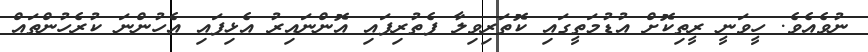
ނުވެއެވެ. ހީވަނީ ރީތިކޮށް އުޑުމަތީގައި ކޮތަރިވިލާ ފެތުރިފައި އޮންނައިރު އެޅިފައި އެހުންނަ ކުރެހުންތައް